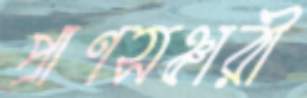
প্রাণসঞ্চারী